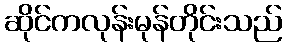
ဆိုင်ကလုန်းမုန်တိုင်းသည်